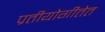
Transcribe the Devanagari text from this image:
प्रतीयोगीतेत